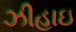
ઝીહાઇ